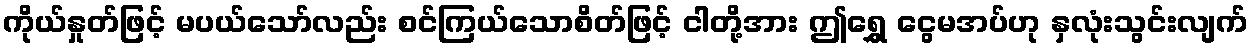
ကိုယ်နှုတ်ဖြင့် မပယ်သော်လည်း စင်ကြယ်သောစိတ်ဖြင့် ငါတို့အား ဤရွှေ ငွေမအပ်ဟု နှလုံးသွင်းလျက်